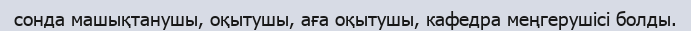
сонда машықтанушы, оқытушы, аға оқытушы, кафедра меңгерушісі болды.